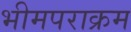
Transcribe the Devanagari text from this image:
भीमपराक्रम